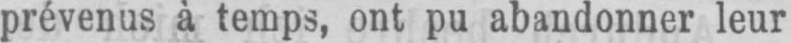
prévenus à temps, ont pu abandonner leur